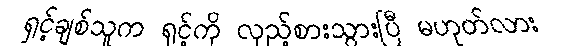
ရှင့်ချစ်သူက ရှင့်ကို လှည့်စားသွားပြီ မဟုတ်လား